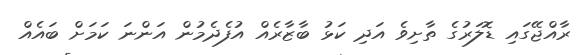
ރާއްޖޭގައި ޑޮލަރުގެ ތާށިވެ އަދި ކަޅު ބާޒާރެއް އުފެދެމުން އަންނަ ކަމަށް ބައެއް